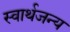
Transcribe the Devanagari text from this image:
स्वार्थजन्य